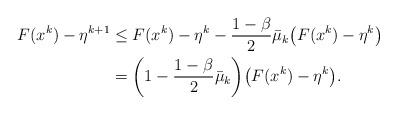
LaTeX: \begin{align*}F(x^k) - \eta^{k+1} &\le F(x^k) - \eta^k - \frac{1-\beta}{2}\bar{\mu}_k\big(F(x^k) - \eta^k\big)\\ &= \biggl(1-\frac{1-\beta}{2}\bar{\mu}_k\biggr)\big(F(x^k) - \eta^k\big).\end{align*}